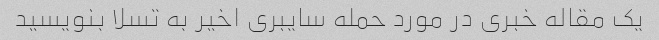
یک مقاله خبری در مورد حمله سایبری اخیر به تسلا بنویسید